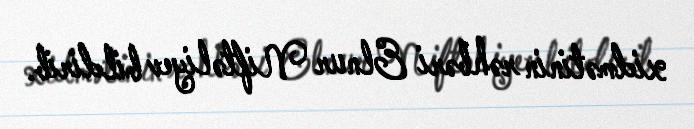
xidmətinin rəhbəri Elnur Niftəliyev bildirib.